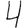
Digit: 4